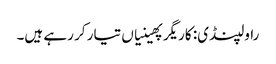
راولپنڈی: کاریگر پھینیاں تیار کر رہے ہیں۔